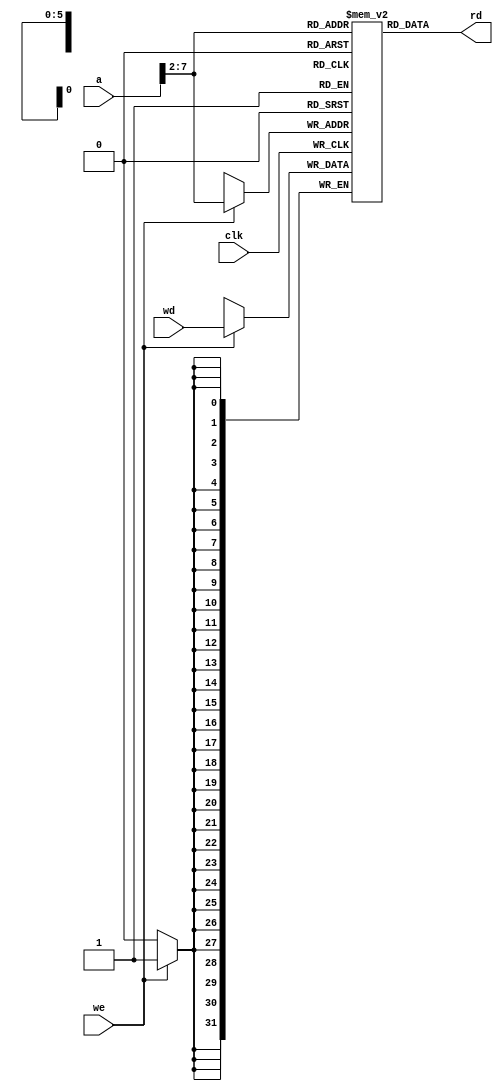
module dmem (
	clk,
	we,
	a,
	wd,
	rd
);
	input wire clk;
	input wire we;
	input wire [31:0] a;
	input wire [31:0] wd;
	output wire [31:0] rd;
	reg [31:0] RAM [0:63];
	assign rd = RAM[a[31:2]];
	
	initial begin
	   RAM[30] = 32'H3FC00000;
	   RAM[31] = 32'H3F400000;
	   RAM[32] = 32'H00003A00;
	   RAM[33] = 32'H00003E00;
	   end
	
	always @(posedge clk)
		if (we)
			RAM[a[31:2]] <= wd;
endmodule